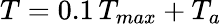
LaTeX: T=0.1\, T_{max}+T_{a}